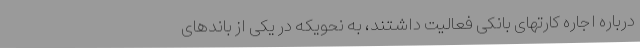
درباره اجاره کارتهای بانکی فعالیت داشتند، به نحویکه در یکی از باندهای